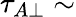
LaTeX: \tau_{A\perp}\sim